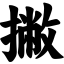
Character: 撇